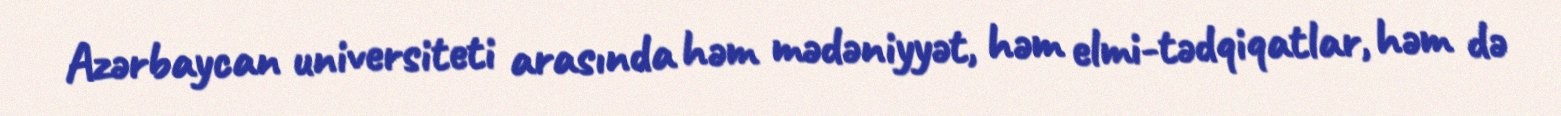
Azərbaycan universiteti arasında həm mədəniyyət, həm elmi-tədqiqatlar, həm də